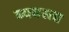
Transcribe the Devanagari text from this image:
ब्यवस्ता